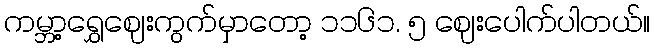
ကမ္ဘာ့ရွှေဈေးကွက်မှာတော့ ၁၁၆၁. ၅ ဈေးပေါက်ပါတယ်။